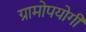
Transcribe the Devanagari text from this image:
ग्रामोपयोगी